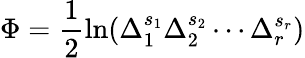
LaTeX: \Phi=\frac 12\ln(\Delta_{1}^{s_{1}}\Delta_{2}^{s_{2}}\cdots\Delta_{r}^{s_{r}})